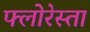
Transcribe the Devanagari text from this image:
फ्लोरेस्ता